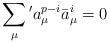
LaTeX: \begin{align*}\sum_{\mu}{}'a_{\mu}^{p-i}\bar{a}_{\mu}^i=0\end{align*}